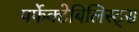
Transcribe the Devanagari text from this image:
पर्फेक्टेबिलिस्ट्स